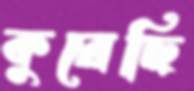
কুরেছি